Medical and sanitary report of the native army of Bengal for the year
Year: 1875
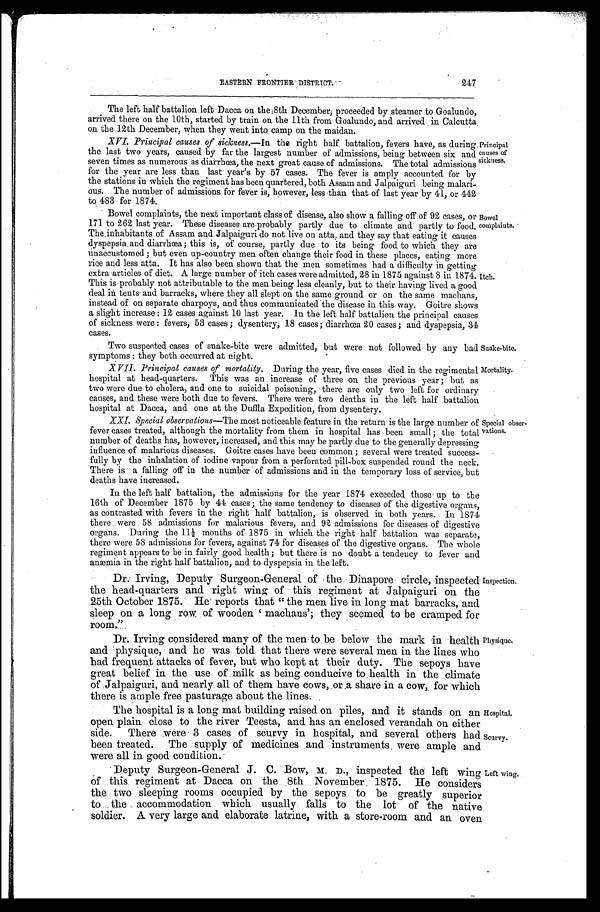
247
EASTERN FRONTIER DISTRICT.
The left half battalion left Dacca on the 8th December, proceeded by steamer to Goalundo,
arrived there on the 10th, started by train on the 11th from Goalundo, and arrived in Calcutta
on the 12th December, when they went into camp on the maidan.
XVI. Principal causes of sickness.—In the right half battalion, fevers have, as during
the last two years, caused by far the largest number of admissions, being between six and
seven times as numerous as diarrhœa, the next great cause of admissions. The total admissions
for the year are less than last year's by 57 cases. The fever is amply accounted for by
the stations in which the regiment has been quartered, both Assam and Jalpaiguri being malari
-ous. The number of admissions for fever is, however, less than that of last year by 41, or 442
to 483 for 1874.
Principal
causes of
sickness.
Bowel complaints, the next important class of disease, also show a falling off of 92 cases, or
171 to 262 last year. These diseases are probably partly due to climate and partly to food.
The inhabitants of Assam and Jalpaiguri do not live on atta, and they say that eating it causes
dyspepsia and diarrhœa; this is, of course, partly due to its being food to which they are
unaccustomed; but even up-country men often change their food in these places, eating more
rice and less atta. It has also been shown that the men sometimes had a difficulty in getting
extra articles of diet. A large number of itch cases were admitted, 28 in 1875 against 8 in 1874.
This is probably not attributable to the men being less cleanly, but to their having lived a good
deal in tents and barracks, where they all slept on the same ground or on the same machans,
instead of on separate charpoys, and thus communicated the disease in this way. Goitre shows
a slight increase: 12 cases against 10 last year. In the left half battalion the principal causes
of sickness were: fevers, 53 cases; dysentery, 18 cases; diarrhœa 20 cases; and dyspepsia, 34
cases.
Bowel
complaints.
Itch.
Two suspected cases of snake-bite were admitted, but were not followed by any bad
symptoms: they both occurred at night.
Snake-bite.
XVII. Principal causes of mortality. During the year, five cases died in the regimental
hospital at head-quarters. This was an increase of three on the previous year; but as
two were due to cholera, and one to suicidal poisoning, there are only two left for ordinary
causes, and these were both due to fevers. There were two deaths in the left half battalion
hospital at Dacca, and one at the Duffla Expedition, from dysentery.
Mortality.
XXI. Special observations —The most noticeable feature in the return is the large number of
fever cases treated, although the mortality from them in hospital has been small; the total
number of deaths has, however, increased, and this may be partly due to the generally depressing
influence of malarious diseases. Goitre cases have been common; several were treated success-
fully by the inhalation of iodine vapour from a perforated pill-box suspended round the neck.
There is a falling off in the number of admissions and in the temporary loss of service, but
deaths have increased.
In the left half battalion, the admissions for the year 1874 exceeded those up to the
16th of December 1875 by 44 cases; the same tendency to diseases of the digestive organs,
as contrasted with fevers in the right half battalion, is observed in both years. In 1874
there were 58 admissions for malarious fevers, and 92 admissions for diseases of digestive
organs. During the 11½ months of 1875 in which the right half battalion was separate,
there were 58 admissions for fevers, against 74 for diseases of the digestive organs. The whole
regiment appears to be in fairly good health; but there is no doubt a tendency to fever and
anæmia in the right half battalion, and to dyspepsia in the left.
Special obser
-vations.
Dr. Irving, Deputy Surgeon-General of the Dinapore circle, inspected
the head-quarters and right wing of this regiment at Jalpaiguri on the
25th October 1875. He reports that "the men live in long mat barracks, and
sleep on a long row of wooden 'machans'; they seemed to be cramped for
room."
Dr. Irving considered many of the men to be below the mark in health
and physique, and he was told that there were several men in the lines who
had frequent attacks of fever, but who kept at their duty. The sepoys have
great belief in the use of milk as being conducive to health in the climate
of Jalpaiguri, and nearly all of them have cows, or a share in a cow, for which
there is ample free pasturage about the lines.
Inspection.
Physique.
The hospital is a long mat building raised on piles, and it stands on an
open plain close to the river Teesta, and has an enclosed verandah on either
side. There were 3 cases of scurvy in hospital, and several others had
been treated. The supply of medicines and instruments were ample and
were all in good condition.
Hospital.
Deputy Surgeon-General J. C. Bow, M. D., inspected the left wing
of this regiment at Dacca on the 8th November 1875. He considers
the two sleeping rooms occupied by the sepoys to be greatly superior
to the accommodation which usually falls to the lot of the native
soldier. A very large and elaborate latrine, with a store-room and an oven
Left wing.
Scurvy.